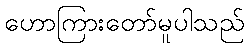
ဟောကြားတော်မူပါသည်